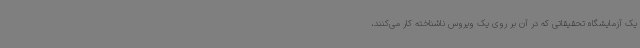
یک آزمایشگاه تحقیقاتی که در آن بر روی یک ویروس ناشناخته کار می‌کنند،